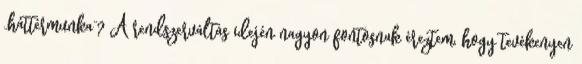
„háttérmunka”? A rendszerváltás idején nagyon fontosnak éreztem, hogy tevékenyen